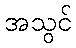
အသွင်